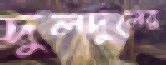
দুলদুলের